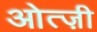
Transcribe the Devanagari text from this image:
ओत्ज़ी